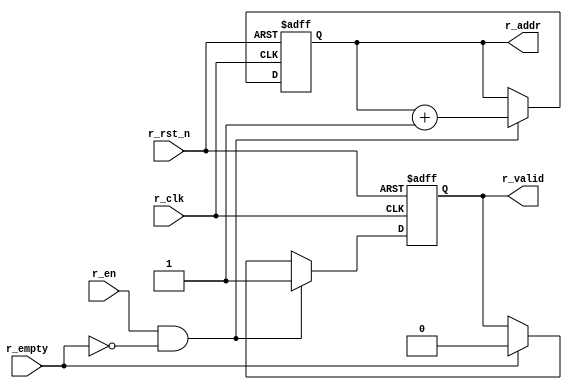
module r_counter #(
                    parameter ADDR_WIDTH = 3
                  )
(
input   wire                     r_clk   ,
input   wire                     r_rst_n ,
input   wire                     r_en    ,
input   wire                     r_empty ,
output  reg     [ADDR_WIDTH:0]   r_addr  ,   // binary
output  reg                      r_valid 
);

////// Read Address binary pointer //////
always @(posedge r_clk or negedge r_rst_n)
 begin
    if(!r_rst_n)
     begin
        r_addr <= 'b0 ;
        r_valid <= 1'b0;
     end
    else if(r_en & !r_empty) // read the value then increament
     begin
        r_addr <= r_addr + 1'b1 ;
        r_valid <= 1'b1 ;
     end
    else if(r_empty)
     begin
        r_addr <= r_addr;
        r_valid <= 1'b0 ;
     end
 end

endmodule